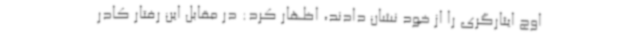
اوج ایثارگری را از خود نشان دادند، اظهار کرد: در مقابل این رفتار کادر